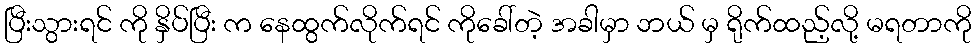
ပြီးသွားရင် ကို နှိပ်ပြီး က နေထွက်လိုက်ရင် ကိုခေါ်တဲ့ အခါမှာ ဘယ် မှ ရိုက်ထည့်လို့ မရတာကို